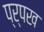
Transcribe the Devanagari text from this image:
प्र्पख